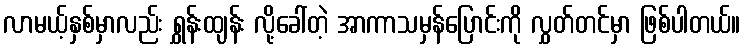
လာမယ့်နှစ်မှာလည်း ရွှန်းထျန်း လို့ခေါ်တဲ့ အာကာသမှန်ပြောင်းကို လွှတ်တင်မှာ ဖြစ်ပါတယ်။